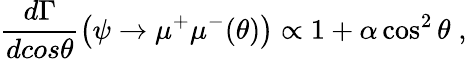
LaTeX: \frac{d\Gamma}{dcos\theta}\big(\psi\rightarrow\mu^{+}\mu^{-}(\theta)\big)\propto 1+\alpha\cos^{2}{\theta}\; ,